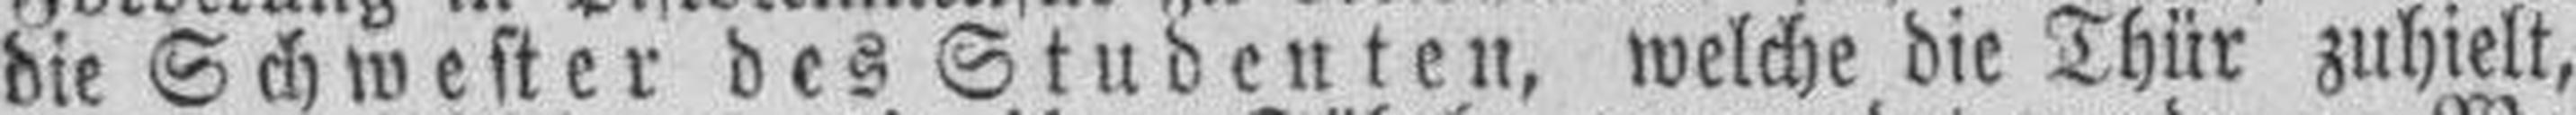
die Schwester des Studenten, welche die Thür zuhielt,